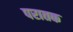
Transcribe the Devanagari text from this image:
परातक